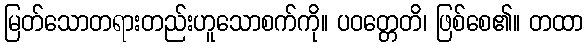
မြတ်သောတရားတည်းဟူသောစက်ကို။ ပဝတ္တေတိ၊ ဖြစ်စေ၏။ တထာ